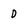
Character: 0